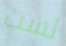
لست